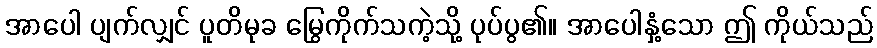
အာပေါ ပျက်လျှင် ပူတိမုခ မြွေကိုက်သကဲ့သို့ ပုပ်ပွ၏။ အာပေါနှံ့သော ဤ ကိုယ်သည်